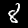
Label: 8